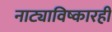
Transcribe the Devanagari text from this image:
नाट्याविष्कारही